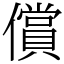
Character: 償